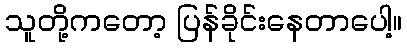
သူတို့ကတော့ ပြန်ခိုင်းနေတာပေါ့။